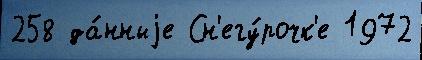
258 да́нныjе Сн'егу́рочк'е 1972